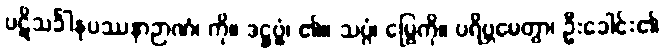
ပဋိသင်္ခါနုပဿနာဉာဏံ၊ ကို။ ဒဋ္ဌဗ္ဗံ၊ ၏။ သပ္ပံ၊ မြွေကို။ ပရိဗ္ဘမေတွာ၊ ဦးခေါင်း၏